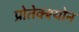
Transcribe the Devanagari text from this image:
प्रोतेक्श्योन